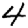
Digit: 4